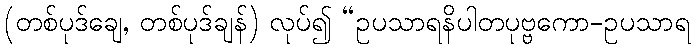
(တစ်ပုဒ်ချေ, တစ်ပုဒ်ချန်) လုပ်၍ “ဥပသာရနိပါတပုဗ္ဗကော-ဥပသာရ